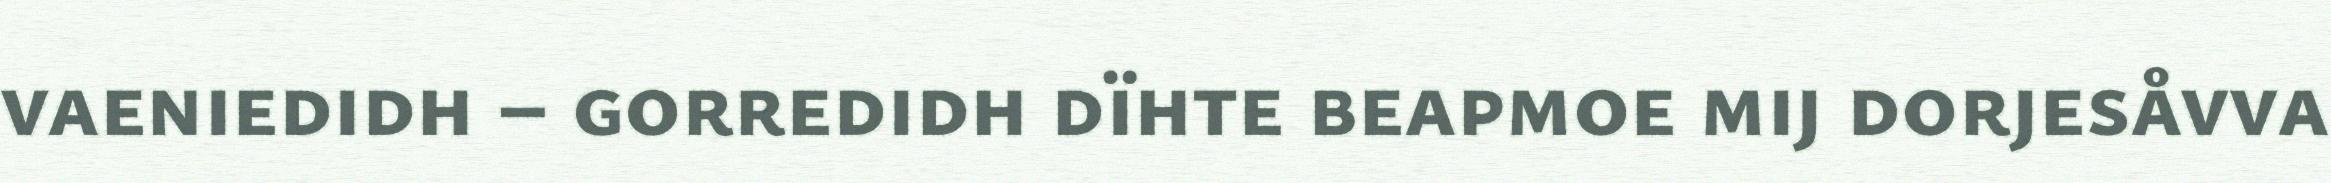
vaeniedidh – gorredidh dïhte beapmoe mij dorjesåvva